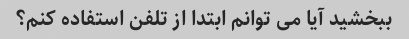
ببخشید آیا می توانم ابتدا از تلفن استفاده کنم؟